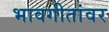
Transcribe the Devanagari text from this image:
भावगीतांवर